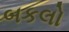
બકલો